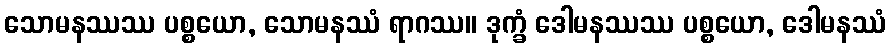
သောမနဿဿ ပစ္စယော, သောမနဿံ ရာဂဿ။ ဒုက္ခံ ဒေါမနဿဿ ပစ္စယော, ဒေါမနဿံ